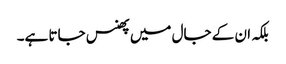
بلکہ ان کے جال میں پھنس جاتا ہے۔